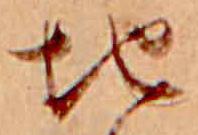
地